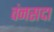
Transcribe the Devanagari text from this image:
वंनसदा